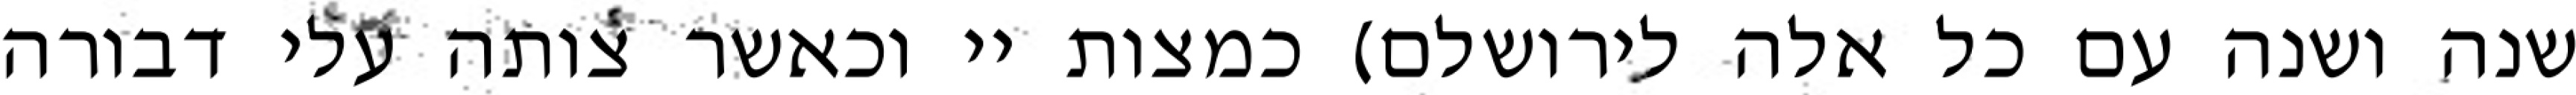
שנה ושנה עם כל אלה לירושלם) כמצות יי וכאשר צותה עלי דבורה